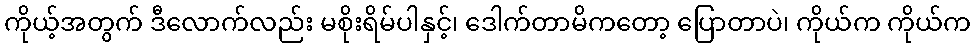
ကိုယ့်အတွက် ဒီလောက်လည်း မစိုးရိမ်ပါနှင့်၊ ဒေါက်တာမိကတော့ ပြောတာပဲ၊ ကိုယ်က ကိုယ်က